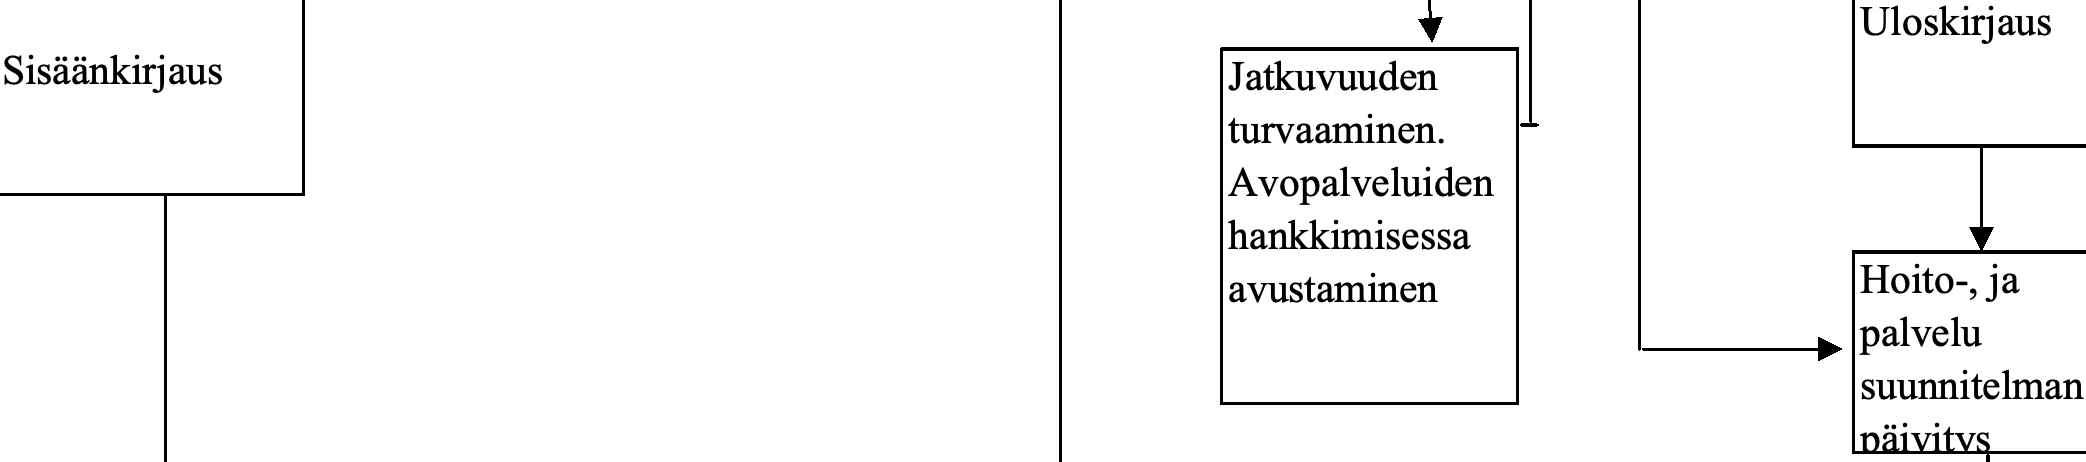
Uloskirjaus Sisäänkirjaus                            Jatkuvuuden turvaaminen. Avopalveluiden hankkimisessa avustaminen         Hoito-, ja palvelu suunnitelman päivitys